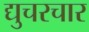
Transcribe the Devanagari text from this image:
द्युचरचार